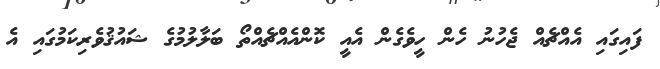
ފައިގައި އެއްޗެއް ޖެހުނު ހެން ހީވެގެން އެއީ ކޮންއެއްޗެއްތޯ ބަލާލުމުގެ ޝައުޤުވެރިކަމުގައި އެ